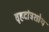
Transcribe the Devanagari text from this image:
वृहदांत्रशोथ